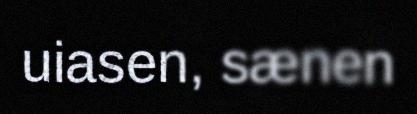
uiasen, sænen